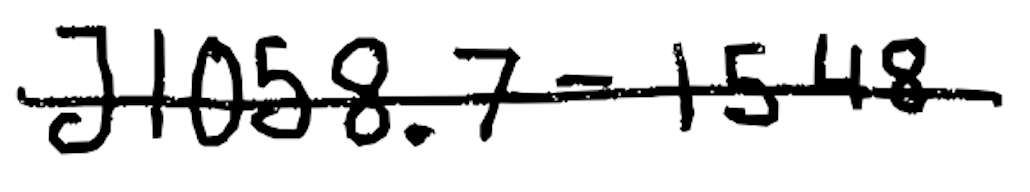
Text: J1058.7-1548
Cross-out: single-line
Writing tool: digital_black